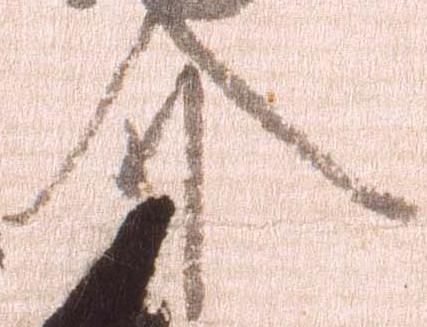
介